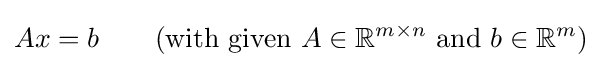
Ax=b\qquad ({\text{with given }}A\in \mathbb {R} ^{m\times n}{\text{ and }}b\in \mathbb {R} ^{m})